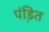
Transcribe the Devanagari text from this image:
पंडि़त